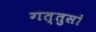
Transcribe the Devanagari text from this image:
गत्तुसो